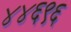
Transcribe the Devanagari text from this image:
४४६९६